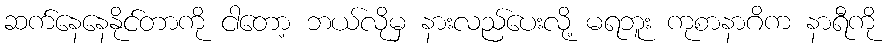
ဆက်နေနေနိုင်တာကို ငါတော့ ဘယ်လိုမှ နားလည်ပေးလို့ မရဘူး ကုစာနာဂိက နာရီကို